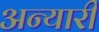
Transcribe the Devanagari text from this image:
अन्यारी